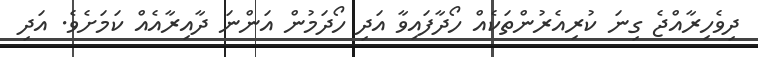
ދިވެހިރާއްޖެ ގިނަ ކުރިއެރުންތަކެއް ހޯދާފައިވާ އަދި ހޯދަމުން އަންނަ ދާއިރާއެއް ކަމަށެވެ. އަދި